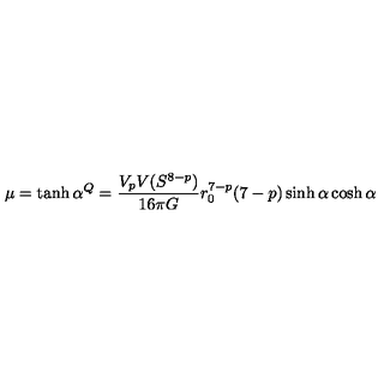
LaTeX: \mu = \tanh \alpha \sp Q = \frac { V _ { p } V ( S ^ { 8 - p } ) } { 1 6 \pi G } r _ { 0 } ^ { 7 - p } ( 7 - p ) \sinh \alpha \cosh \alpha